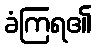
ခံကြရ၏